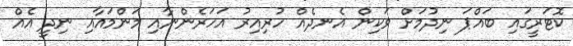
ކޮޓަރީގައި ބައްޕަ ނިދުމަށް ވަކިން އެނދެއް ހުރިއިރު އަހަރެންނާއި މަންމައާއި ނިދީ އެއް